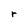
Character: r